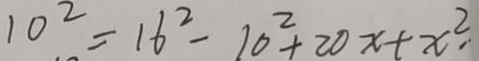
1 0 ^ { 2 } = 1 6 ^ { 2 } - 1 0 ^ { 2 } + 2 0 x + x ^ { 2 } .